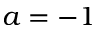
a = - 1